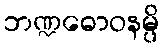
ဘဏ္ဍဓောဝနမ္ပိ